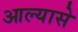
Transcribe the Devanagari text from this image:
आल्यासे